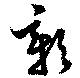
彰